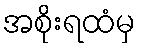
အစိုးရထံမှ